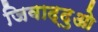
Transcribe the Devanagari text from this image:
जिवाद्दुओ